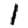
Digit: 1